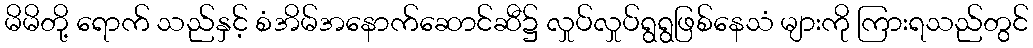
မိမိတို့ ရောက် သည်နှင့် စံအိမ်အနောက်ဆောင်ဆီ၌ လှုပ်လှုပ်ရွရွဖြစ်နေသံ များကို ကြားရသည်တွင်